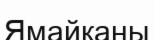
Ямайканы